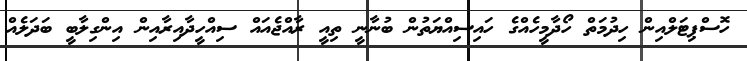
ހޮސްޕިޓަލްއިން ހިދުމަތް ހޯދާމީހެއްގެ ހައިސިއްޔަތުން ބުނާނީ ތިއީ ރާއްޖެއައް ސިއްހީދާއިރާއިން އިންގިލާބީ ބަދަލެއް